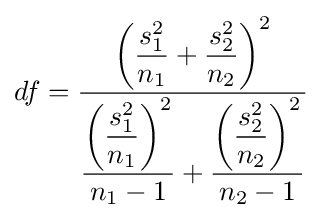
df={\frac {\left({\dfrac {s_{1}^{2}}{n_{1}}}+{\dfrac {s_{2}^{2}}{n_{2}}}\right)^{2}}{{\dfrac {\left({\dfrac {s_{1}^{2}}{n_{1}}}\right)^{2}}{n_{1}-1}}+{\dfrac {\left({\dfrac {s_{2}^{2}}{n_{2}}}\right)^{2}}{n_{2}-1}}}}